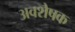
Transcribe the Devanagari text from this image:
अवशेषक